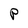
Character: P